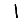
Digit: 1